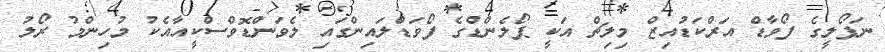
ނަޕޯލީގެ ފޯވާޑް އަރްކަޑުއިޒް މިލިޗް އަކީ ޕޯލެންޑްގެ ފޯވަޑްލައިންގައި ލެވަންޑޮވްސްކީއާއެކު މުހިންމު ރޯލު